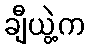
ချီယွဲ့က